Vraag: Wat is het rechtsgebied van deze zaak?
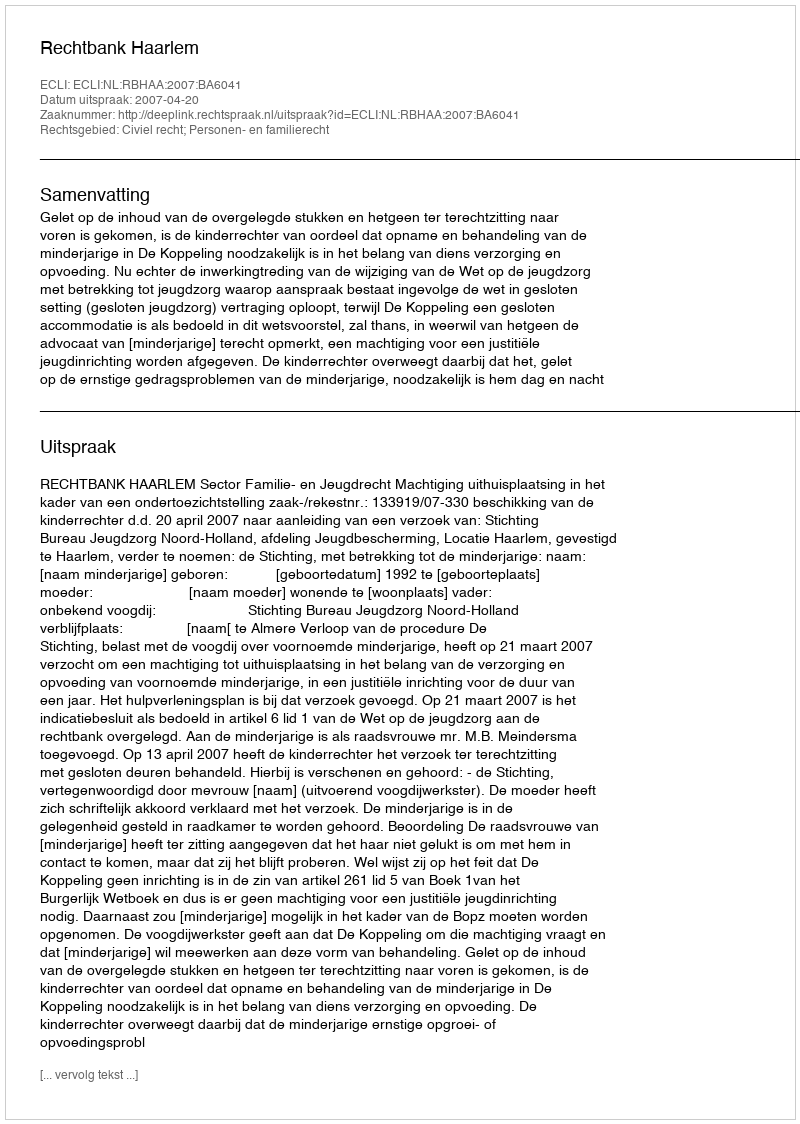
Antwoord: Civiel recht; Personen- en familierecht